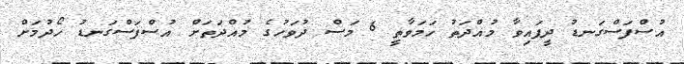
އުސްފަސްގަނޑު ދީފައިވާ މުއްދަތު ހަމަވާތީ 6 މަސް ދުވަހުގެ މުއްދަތަށް އުސްފަސްގަނޑު ހޯދުމަށް